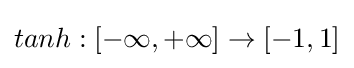
tanh:[-\infty ,+\infty ]\to [-1,1]